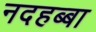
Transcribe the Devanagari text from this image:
नदहब्बा